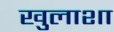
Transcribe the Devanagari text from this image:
खुलाशा